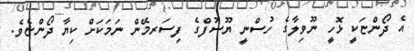
އެ ދޯންޏަކީ ޅޮހީ ނޫވިލާގެ ހުސްނީ ޔޫސުފްގެ ފިސަރމޭން ނަމަކަށް ކިޔާ ދޯންޏެވެ.